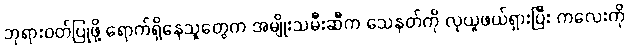
ဘုရားဝတ်ပြုဖို့ ရောက်ရှိနေသူတွေက အမျိုးသမီးဆီက သေနတ်ကို လုယူဖယ်ရှားပြီး ကလေးကို